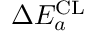
\Delta E _ { a } ^ { \mathrm { C L } }